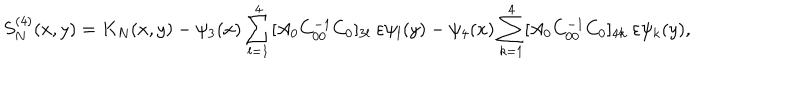
S _ { N } ^ { ( 4 ) } ( x , y ) = K _ { N } ( x , y ) - \psi _ { 3 } ( x ) \sum _ { l = 1 } ^ { 4 } [ A _ { 0 } C _ { 0 0 } ^ { - 1 } C _ { 0 } ] _ { 3 l } \ \varepsilon \psi _ { l } ( y ) - \psi _ { 4 } ( x ) \sum _ { k = 1 } ^ { 4 } [ A _ { 0 } C _ { 0 0 } ^ { - 1 } C _ { 0 } ] _ { 4 k } \ \varepsilon \psi _ { k } ( y ) ,